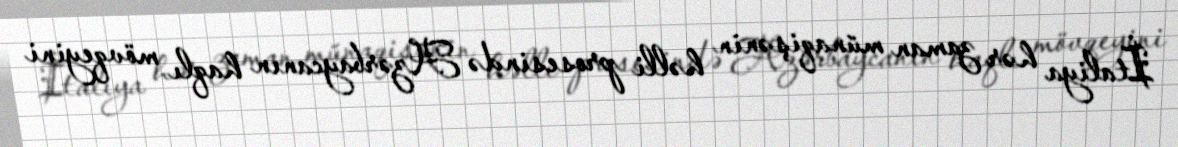
İtaliya hər zaman münaqişənin həlli prosesində Azərbaycanın haqlı mövqeyini